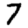
Digit: 7